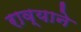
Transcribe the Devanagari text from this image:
राव्याने